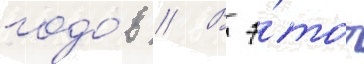
годо́в // В э́тот